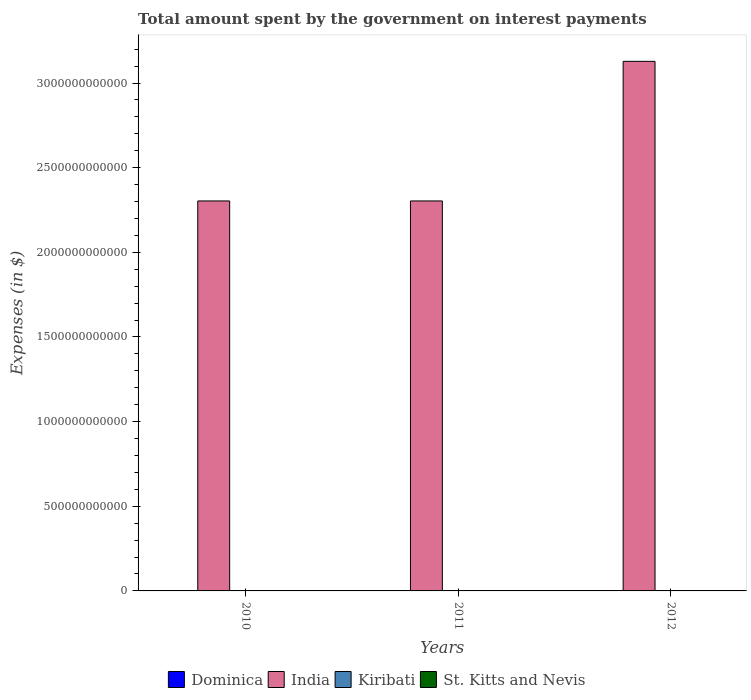
| Years | Dominica | India | Kiribati | St. Kitts and Nevis |
 | --- | --- | --- | --- | --- |
 | 2010 | 2.1e+07 | 2.3e+12 | 1.42e+06 | 1.31e+08 |
 | 2011 | 2.46e+07 | 2.3e+12 | 2.66e+06 | 1.26e+08 |
 | 2012 | 4.33e+07 | 3.13e+12 | 6.19e+06 | 1.17e+08 |